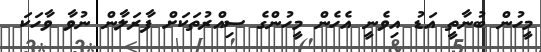
މީހުން ބުނާތީ އަޑު އިވެނީ އެހެން މީހުންގެ ސިއްރުތަކަށް ފާރަލާން ނުވާ ވާހަކަ